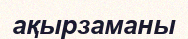
ақырзаманы